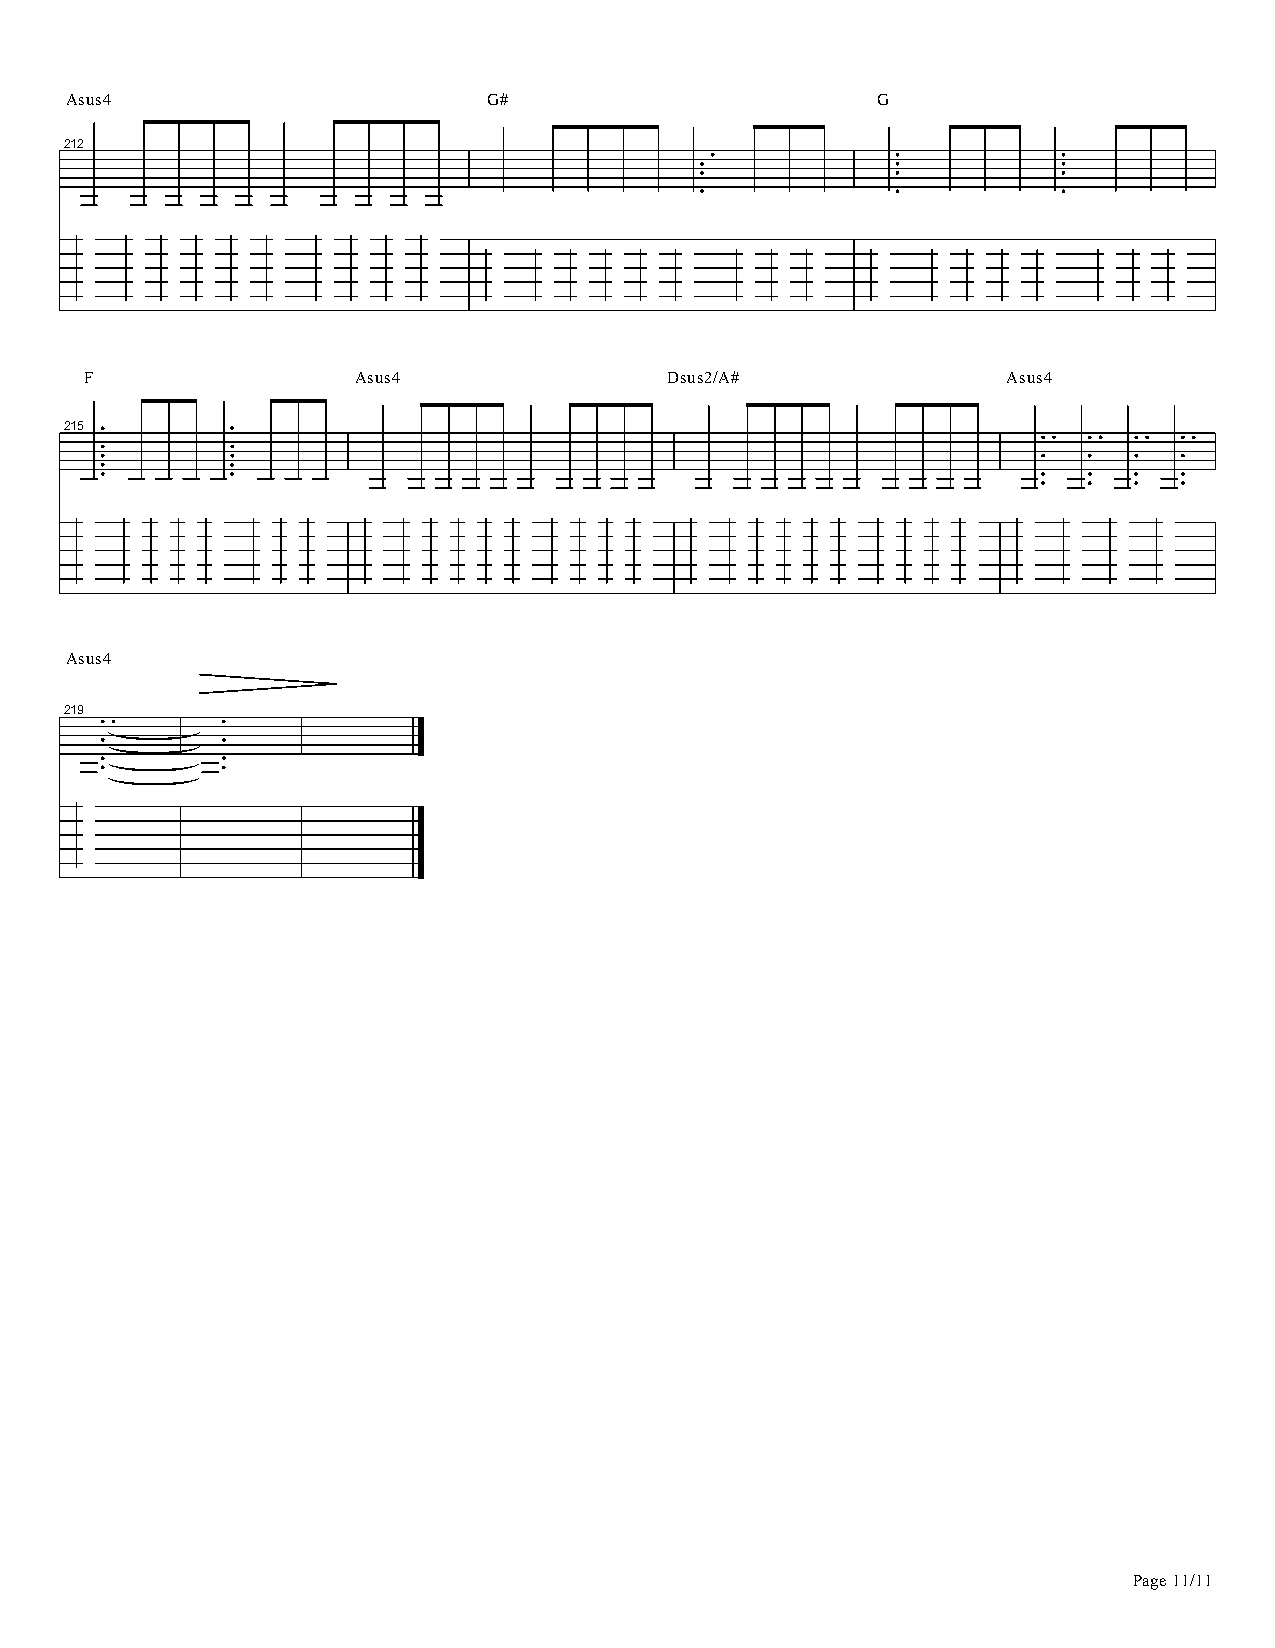
Asus4                       G#                        G
 212
 F                Asus4                Dsus2/A#               Asus4
 215
 Asus4
 219
 Page 11/11